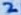
Text: 2